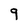
Character: 9